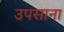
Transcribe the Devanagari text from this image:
उपसाना